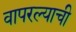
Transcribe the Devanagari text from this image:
वापरल्याची